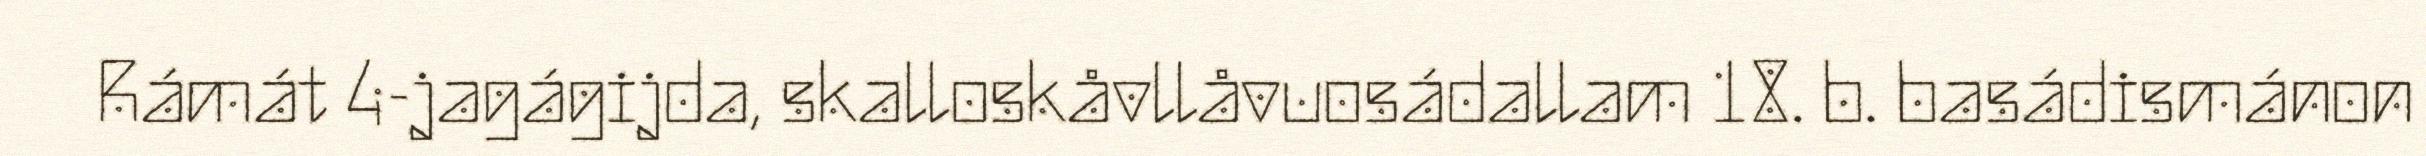
Rámát 4-jagágijda, skalloskåvllåvuosádallam 18. b. basádismánon